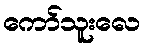
ကော်သူးလေ